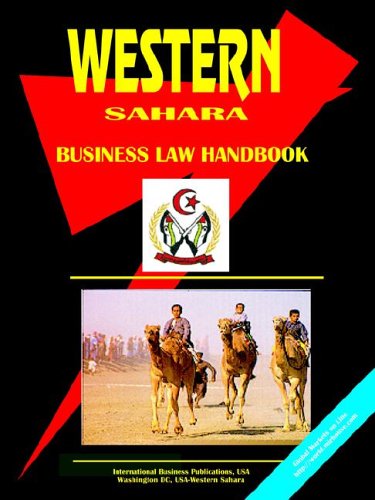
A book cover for Western Sahara Business Law Handbook (World Spy Guide Library); Ibp Usa; Travel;